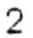
2